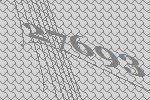
27693